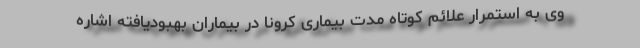
وی به استمرار علائم کوتاه مدت بیماری کرونا در بیماران بهبودیافته اشاره